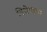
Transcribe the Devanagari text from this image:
विशेषक्रम